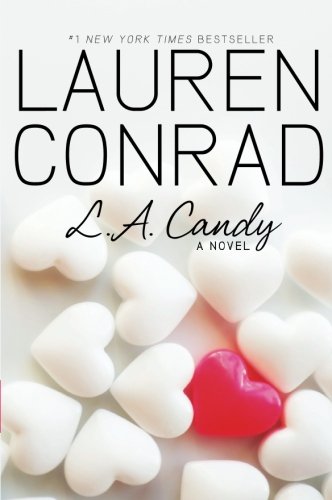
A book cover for L.A. Candy; Lauren Conrad; Teen & Young Adult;